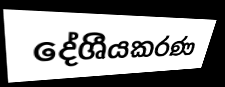
දේශීයකරණ